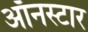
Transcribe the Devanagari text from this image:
ऑनस्टार